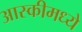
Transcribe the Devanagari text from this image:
आस्कीमध्ये